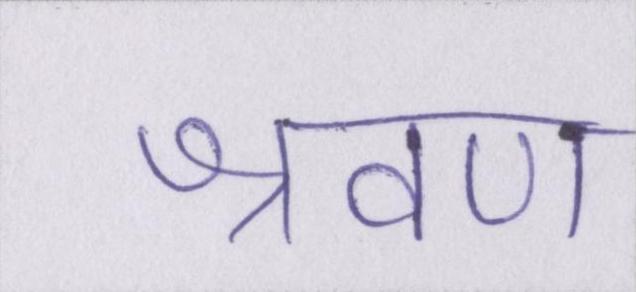
श्रवण